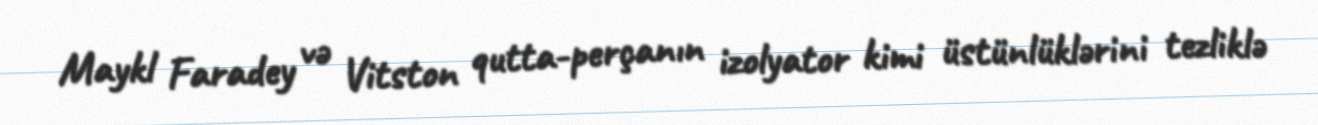
Maykl Faradey və Vitston qutta-perçanın izolyator kimi üstünlüklərini tezliklə